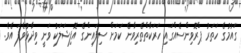
ގައުމުގެ ހަތަރު ޕްރޮވިންސެއްގައި ހަރަކާތްތެރިވާނެ ކަމަށް ސިފައިންގެ އޮފިޝަލަކު ވަނީ ވިދާޅުވެފަ އެވެ.